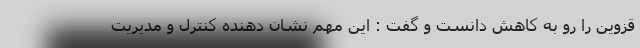
قزوین را رو به کاهش دانست و گفت : این مهم نشان دهنده کنترل و مدیریت